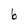
Character: b